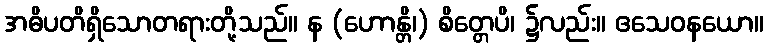
အဓိပတိရှိသောတရားတို့သည်။ န (ဟောန္တိ၊) စိတ္တေပိ၊ ၌လည်း။ ဧသေဝနယော။